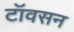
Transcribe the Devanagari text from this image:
टॉवसन